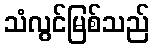
သံလွင်မြစ်သည်